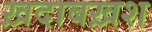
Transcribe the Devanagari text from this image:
ख़दाबख़श